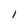
Character: l